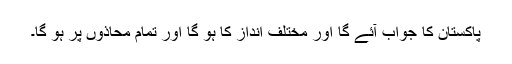
پاکستان کا جواب آئے گا اور مختلف انداز کا ہو گا اور تمام محاذوں پر ہو گا۔